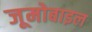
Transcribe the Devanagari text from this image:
जूमोबाइल